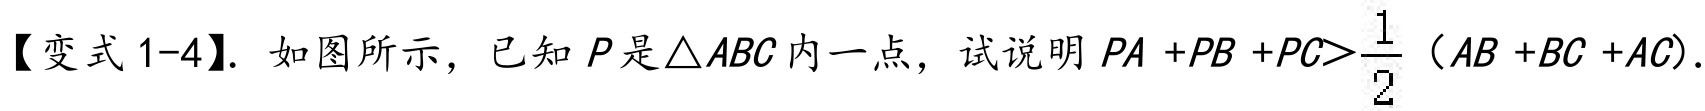
【变式1-4】. 如图所示，已知$P$是$\triangle ABC$内一点，试说明$PA + PB + PC>\frac{1}{2}(AB + BC + AC)$.